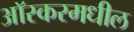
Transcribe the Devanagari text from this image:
आॅस्करमधील